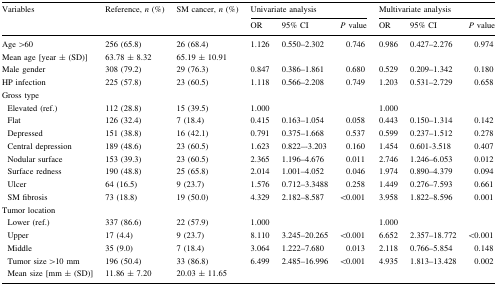
<table><thead><tr><td rowspan="2"><b>Variables</b></td><td rowspan="2"><b>Reference, <i>n</i> (%)</b></td><td rowspan="2"><b>SM cancer, <i>n</i> (%)</b></td><td colspan="3"><b>Univariate analysis</b></td><td colspan="3"><b>Multivariate analysis</b></td></tr><tr><td><b>OR</b></td><td><b>95% CI</b></td><td><b><i>P</i> value</b></td><td><b>OR</b></td><td><b>95% CI</b></td><td><b><i>P</i> value</b></td></tr></thead><tbody><tr><td>Age &gt;60</td><td>256 (65.8)</td><td>26 (68.4)</td><td>1.126</td><td>0.550–2.302</td><td>0.746</td><td>0.986</td><td>0.427–2.276</td><td>0.974</td></tr><tr><td>Mean age [year ± (SD)]</td><td>63.78 ± 8.32</td><td>65.19 ± 10.91</td><td></td><td></td><td></td><td></td><td></td><td></td></tr><tr><td>Male gender</td><td>308 (79.2)</td><td>29 (76.3)</td><td>0.847</td><td>0.386–1.861</td><td>0.680</td><td>0.529</td><td>0.209–1.342</td><td>0.180</td></tr><tr><td>HP infection</td><td>225 (57.8)</td><td>23 (60.5)</td><td>1.118</td><td>0.566–2.208</td><td>0.749</td><td>1.203</td><td>0.531–2.729</td><td>0.658</td></tr><tr><td colspan="9">Gross type</td></tr><tr><td> Elevated (ref.)</td><td>112 (28.8)</td><td>15 (39.5)</td><td>1.000</td><td></td><td></td><td>1.000</td><td></td><td></td></tr><tr><td> Flat</td><td>126 (32.4)</td><td>7 (18.4)</td><td>0.415</td><td>0.163–1.054</td><td>0.058</td><td>0.443</td><td>0.150–1.314</td><td>0.142</td></tr><tr><td> Depressed</td><td>151 (38.8)</td><td>16 (42.1)</td><td>0.791</td><td>0.375–1.668</td><td>0.537</td><td>0.599</td><td>0.237–1.512</td><td>0.278</td></tr><tr><td> Central depression</td><td>189 (48.6)</td><td>23 (60.5)</td><td>1.623</td><td>0.822–-3.203</td><td>0.160</td><td>1.454</td><td>0.601-3.518</td><td>0.407</td></tr><tr><td> Nodular surface</td><td>153 (39.3)</td><td>23 (60.5)</td><td>2.365</td><td>1.196–4.676</td><td>0.011</td><td>2.746</td><td>1.246–6.053</td><td>0.012</td></tr><tr><td> Surface redness</td><td>190 (48.8)</td><td>25 (65.8)</td><td>2.014</td><td>1.001–4.052</td><td>0.046</td><td>1.974</td><td>0.890–4.379</td><td>0.094</td></tr><tr><td> Ulcer</td><td>64 (16.5)</td><td>9 (23.7)</td><td>1.576</td><td>0.712–3.3488</td><td>0.258</td><td>1.449</td><td>0.276–7.593</td><td>0.661</td></tr><tr><td> SM fibrosis</td><td>73 (18.8)</td><td>19 (50.0)</td><td>4.329</td><td>2.182–8.587</td><td>&lt;0.001</td><td>3.958</td><td>1.822–8.596</td><td>0.001</td></tr><tr><td colspan="9">Tumor location</td></tr><tr><td> Lower (ref.)</td><td>337 (86.6)</td><td>22 (57.9)</td><td>1.000</td><td></td><td></td><td>1.000</td><td></td><td></td></tr><tr><td> Upper</td><td>17 (4.4)</td><td>9 (23.7)</td><td>8.110</td><td>3.245–20.265</td><td>&lt;0.001</td><td>6.652</td><td>2.357–18.772</td><td>&lt;0.001</td></tr><tr><td> Middle</td><td>35 (9.0)</td><td>7 (18.4)</td><td>3.064</td><td>1.222–7.680</td><td>0.013</td><td>2.118</td><td>0.766–5.854</td><td>0.148</td></tr><tr><td> Tumor size &gt;10 mm</td><td>196 (50.4)</td><td>33 (86.8)</td><td>6.499</td><td>2.485–16.996</td><td>&lt;0.001</td><td>4.935</td><td>1.813–13.428</td><td>0.002</td></tr><tr><td> Mean size [mm ± (SD)]</td><td>11.86 ± 7.20</td><td>20.03 ± 11.65</td><td></td><td></td><td></td><td></td><td></td><td></td></tr></tbody></table>